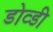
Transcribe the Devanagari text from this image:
डोव्डी